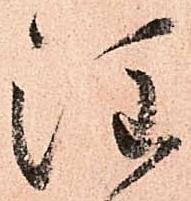
注